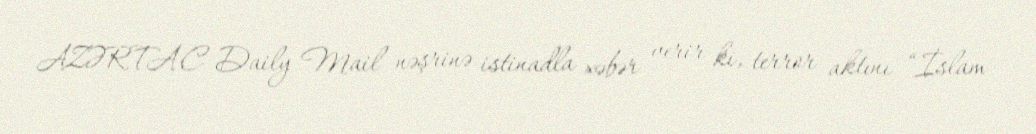
AZƏRTAC Daily Mail nəşrinə istinadla xəbər verir ki, terror aktını “İslam